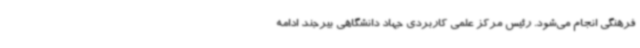
فرهنگی انجام می‌شود. رئیس مرکز علمی کاربردی جهاد دانشگاهی بیرجند ادامه